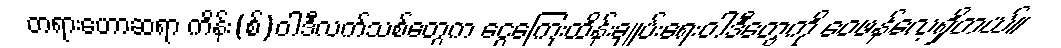
တရားဟောဆရာ ကိန်း(စ်)ဝါဒီလက်သစ်တွေက ငွေကြေးထိန်းချုပ်းရေးဝါဒီတွေကို ဝေဖန်လေ့ရှိတယ်။